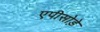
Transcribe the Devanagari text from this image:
एपीसोड़े